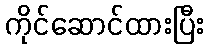
ကိုင်ဆောင်ထားပြီး